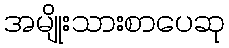
အမျိုးသားစာပေဆု